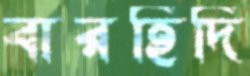
বারহিদি